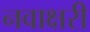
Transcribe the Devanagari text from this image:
नवाक्षरी